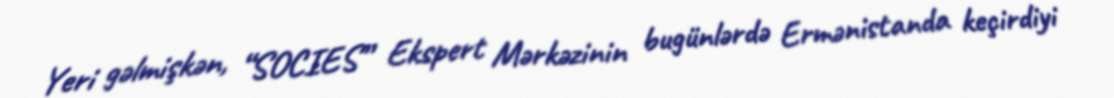
Yeri gəlmişkən, “SOCIES” Ekspert Mərkəzinin bugünlərdə Ermənistanda keçirdiyi